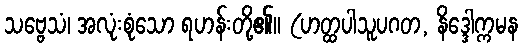
သဗ္ဗေသံ၊ အလုံးစုံသော ရဟန်းတို့၏။ (ဟတ္ထပါသူပဂတ, နိဒ္ဒေါက္ကမန